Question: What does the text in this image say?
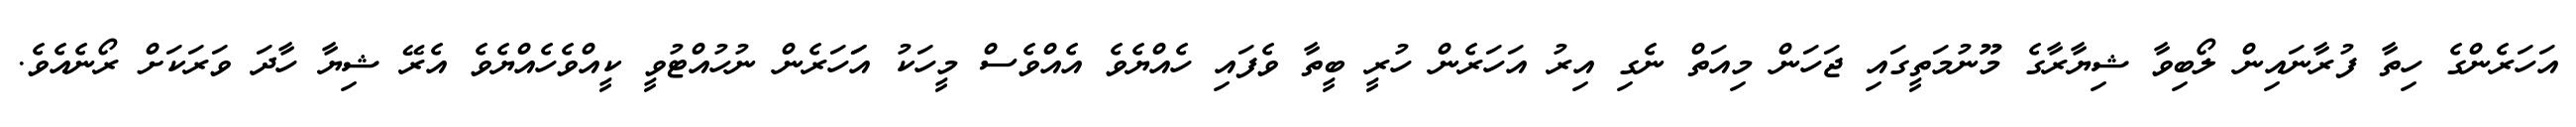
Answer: އަހަރެންގެ ހިތާ ފުރާނައިން ލޯބިވާ ޝިޔާރާގެ މޫނުމަތީގައި ޖަހަން މިއަތް ނެގި އިރު އަހަރެން ހުރީ ބީތާ ވެފައި ހެއްޔެވެ އެއްވެސް މީހަކު އަަހަރެން ނުހުއްޓުވީ ކީއްވެހެއްޔެވެ އެރޭ ޝިޔާ ހާދަ ވަރަކަށް ރޯނެއެވެ.